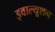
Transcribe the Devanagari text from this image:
इवाल्यूशन